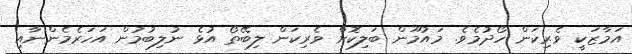
އަމާޒަކީ ވެރިކަން ހޯދުމެވެ. މައުމޫން ބަލިކޮށް ވެރިކަން ލިބޭތޯ އުޅެ ނުލިބުމުން އަހަރެމެންނާއި